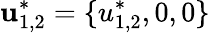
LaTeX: \mathbf{u}_{1,2}^{*}=\{ u_{1,2}^{*},0,0\}